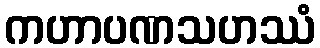
ကဟာပဏသဟဿံ